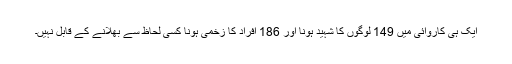
ایک ہی کاروائی میں 149 لوگوں کا شہید ہونا اور 186 افراد کا زخمی ہونا کسی لحاظ سے بھلانے کے قابل نہیں۔